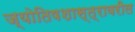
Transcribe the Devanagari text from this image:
ज्योतिषशास्त्रावरील